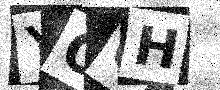
Text: YOQH